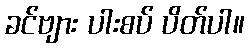
ခင်ဗျား ပါးစပ် ပိတ်ပါ။